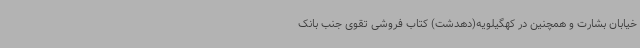
خیابان بشارت و همچنین در کهگیلویه(دهدشت) کتاب فروشی تقوی جنب بانک